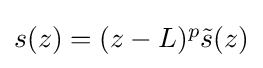
{\textstyle s(z)=(z-L)^{p}{\tilde {s}}(z)}